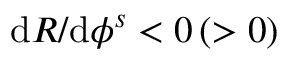
\mathrm { d } R / \mathrm { d } { \phi ^ { s } } < 0 \, ( > 0 )